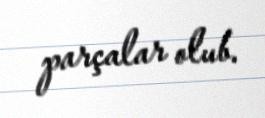
parçalar olub.